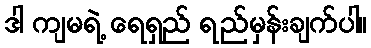
ဒါ ကျမရဲ့ ရေရှည် ရည်မှန်းချက်ပါ။